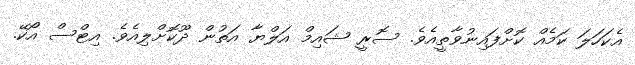
އެކަހަލަ ކަމެއް ކޮށްފައިނުވާތީއެވެ. ސޮރީ ޝައިމް އަލްޔާ އަތުން ދޫކޮށްލިއެވެ. އިޓްސް އޯކޭ.